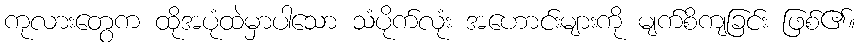
ကုလားတွေက ထိုအပုံထဲမှာပါသော သံပိုက်လုံး အဟောင်းများကို မျက်စိကျခြင်း ဖြစ်၏။